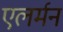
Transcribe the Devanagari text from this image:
एलर्मन